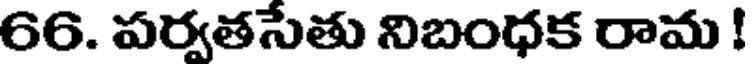
66. పర్వతసేతు నిబంధక రామ !